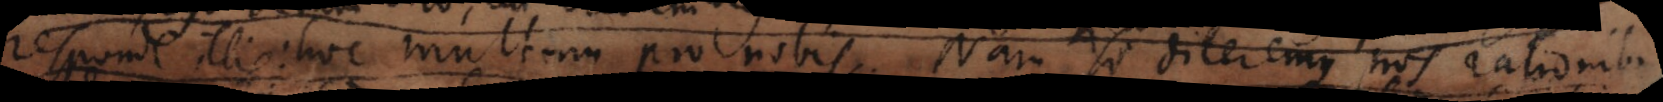
responde illis: hoc multum pro nobis. Nam si diceremus nos rationibus